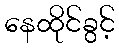
နေထိုင်ခွင့်